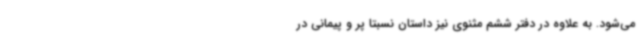
می‌شود. به علاوه در دفتر ششم مثنوی نیز داستان نسبتا پر و پیمانی در